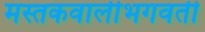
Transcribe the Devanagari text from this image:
मस्तकवालीभगवती